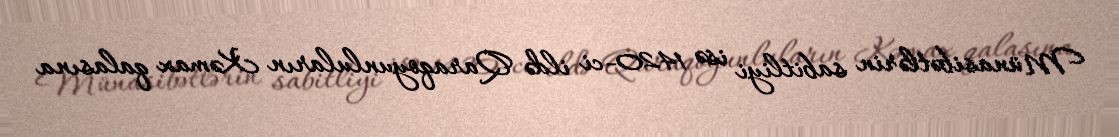
Münasibətlərin sabitliyi isə 1420-ci ildə Qaraqoyunluların Kəmax qalasına